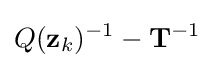
Q(\mathbf {z} _{k})^{-1}-\mathbf {T} ^{-1}